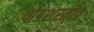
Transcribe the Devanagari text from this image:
षोडशस्तोत्र